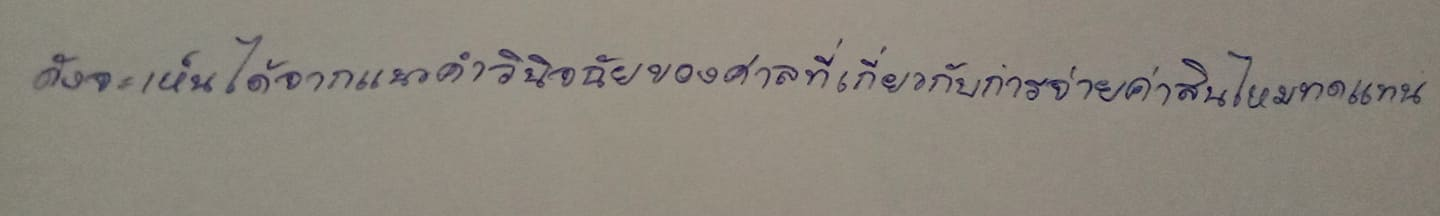
ดังจะเห็นได้จากแนวคำวินิจฉัยของศาลที่เกี่ยวกับการจ่ายค่าสินไหมทดแทน